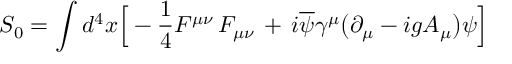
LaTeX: S _ { 0 } = \int d ^ { 4 } x \Big [ - { \frac { 1 } { 4 } } F ^ { \mu \nu } \, F _ { \mu \nu } \, + \, i \overline { { \psi } } \gamma ^ { \mu } \big ( \partial _ { \mu } - i g A _ { \mu } \big ) \psi \Big ]